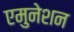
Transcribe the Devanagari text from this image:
एमुनेशन